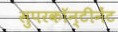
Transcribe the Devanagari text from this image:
सुपरकॉन्टीनेंट